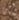
من